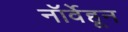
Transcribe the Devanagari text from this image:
नॉर्वेहून